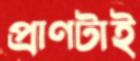
প্রাণটাই